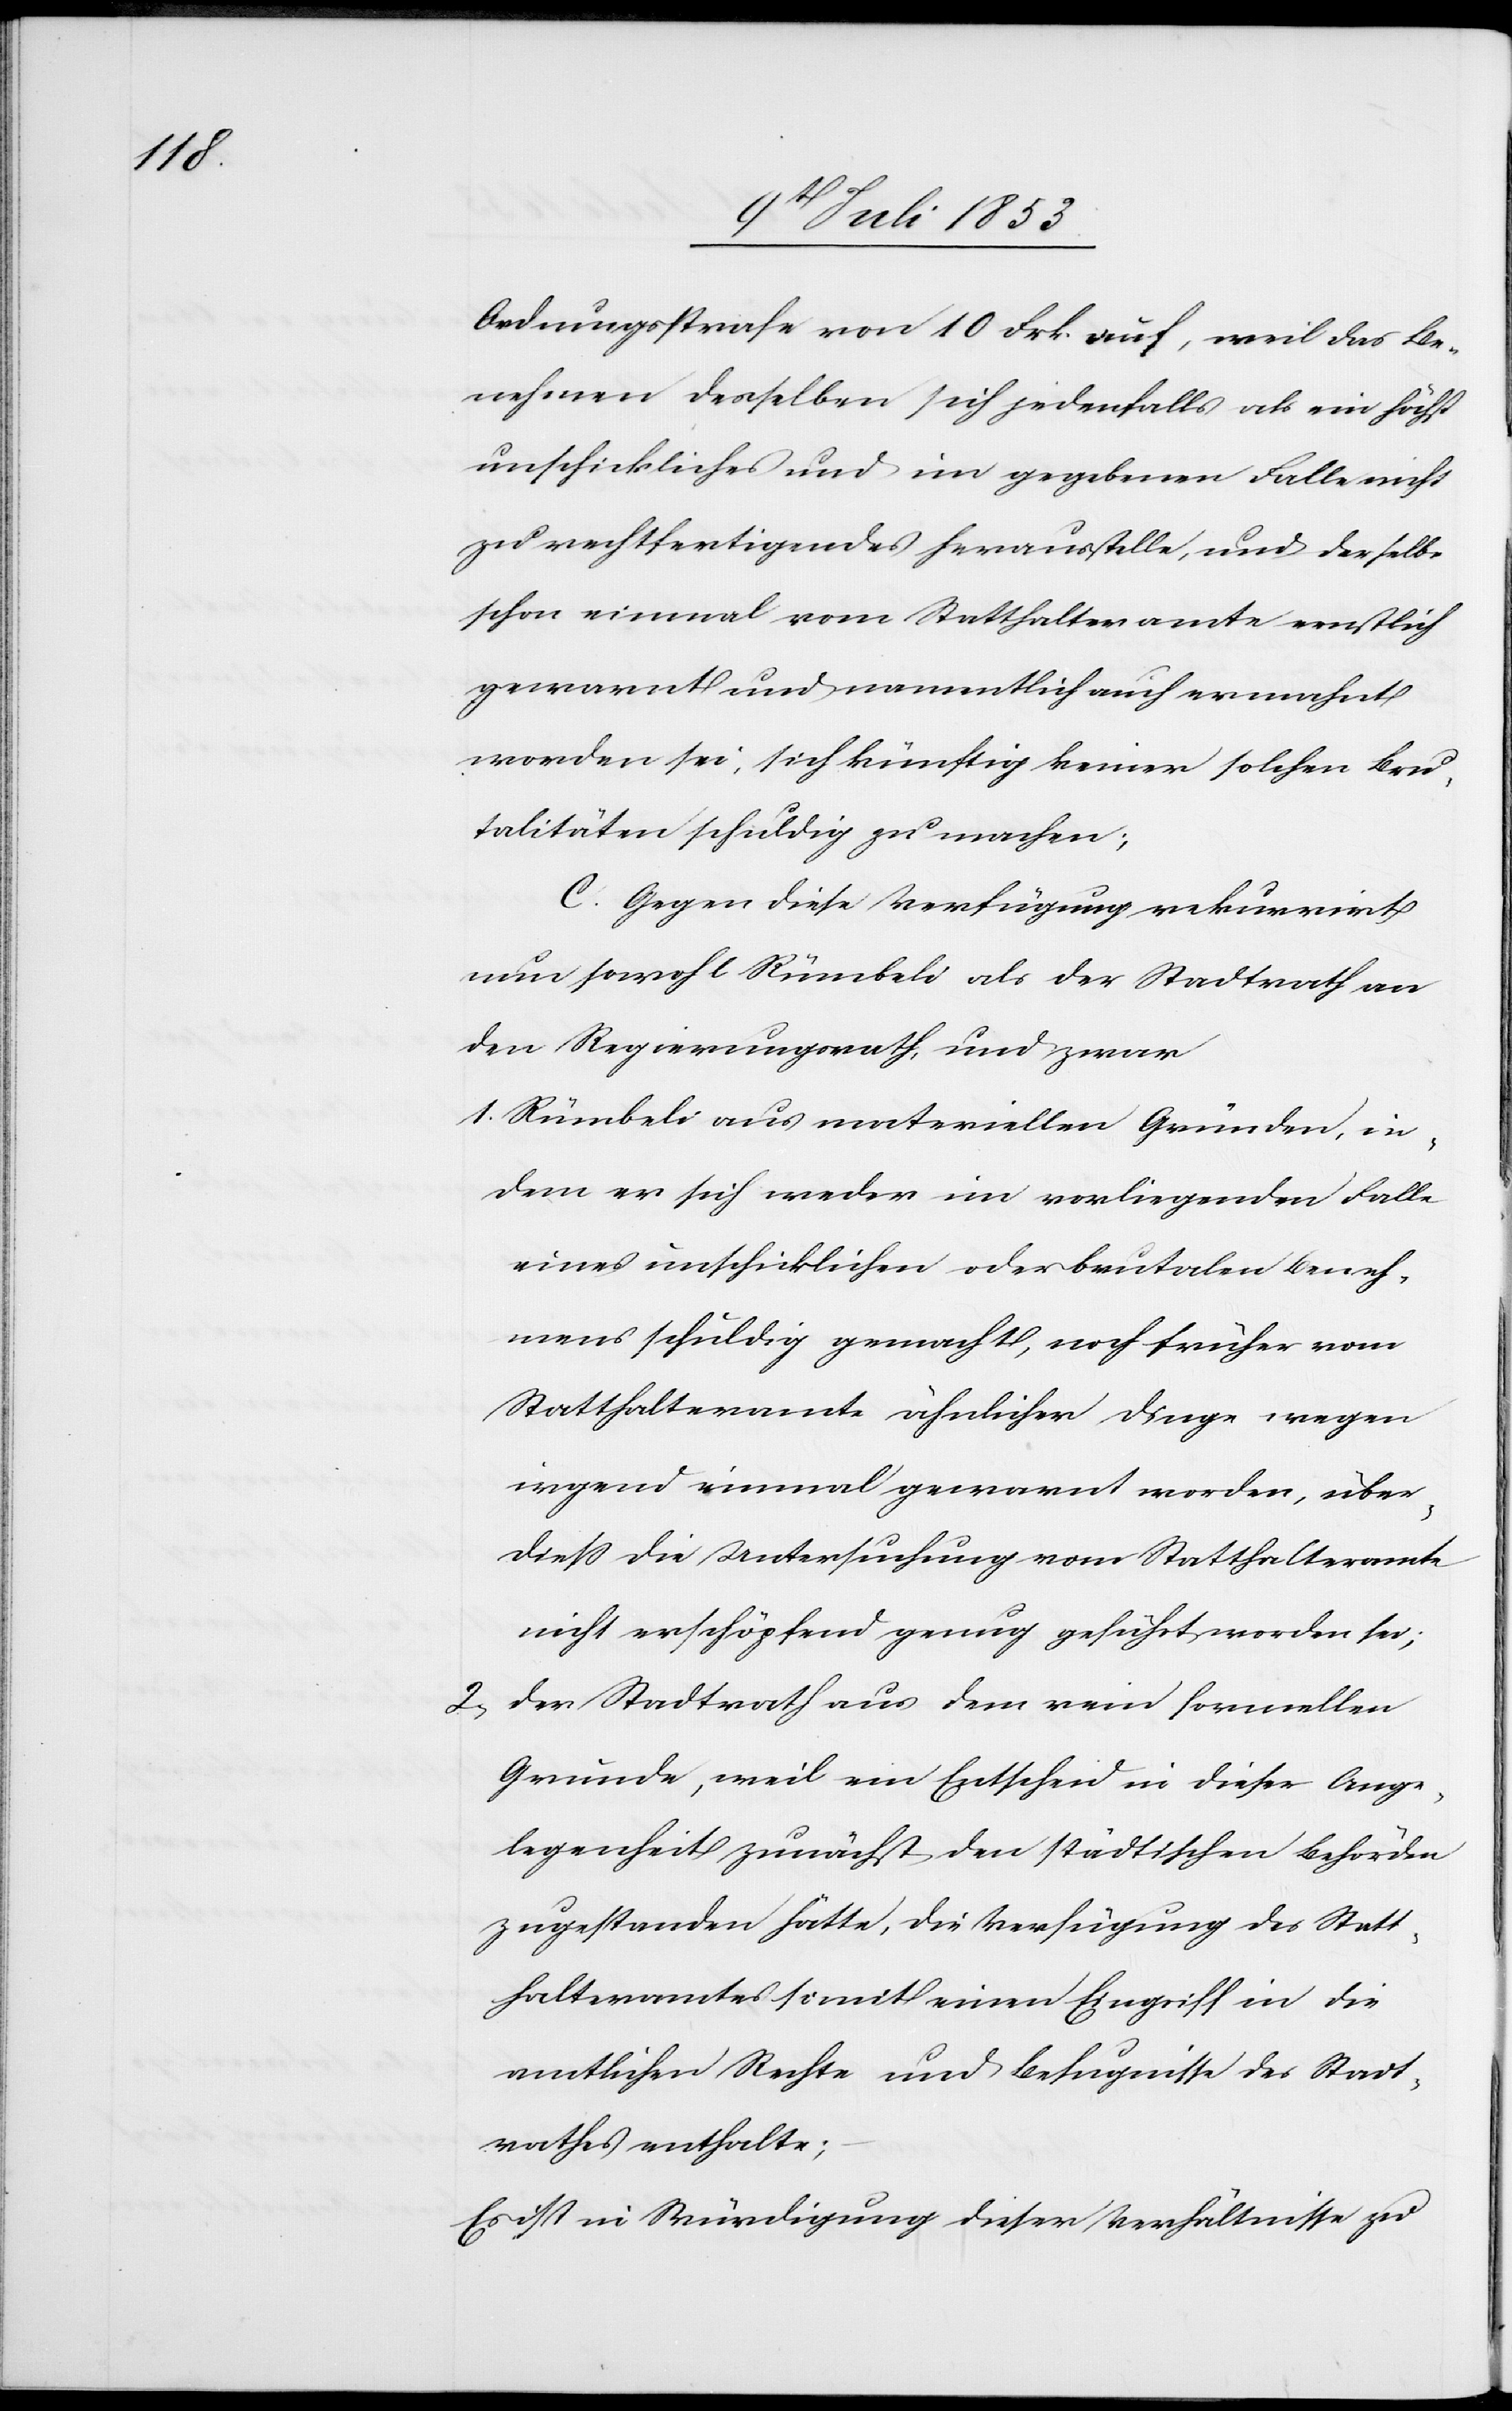
Ordnungsstrafe von 10 Frk. auf, weil das Be¬
nehmen desselben sich jedenfalls als ein höchst
unschickliches und im gegebenen Falle nicht
zu rechtfertigendes herausstelle, und derselbe
schon einmal vom Statthalteramte ernstlich
gewarnt und namentlich auch ermahnt
worden sei, sich künftig keiner solchen Bru¬
talitäten schuldig zu machen;
C. Gegen die Verfügung rekurrirt
nun sowohl Rümbeli als der Stadtrath an
den Regierungsrath, und zwar
1. Rümbeli aus materiellen Gründen, in¬
dem er sich weder im vorliegenden Falle
eines unschicklichen oder brutalen Beneh¬
mens schuldig gemacht, noch früher vom
Statthalteramte ähnlicher Dinge wegen
irgend einmal gewarnt worden, über¬
dieß die Untersuchung vom Statthalteramte
nicht erschöpfend genug geführt worden sei;
2, Der Stadtrath aus dem rein formellen
Grunde, weil ein Entscheid in dieser Ange¬
legenheit zunächst den städtischen Behörden
zugestanden hätte, die Verfügung des Statt¬
halteramtes somit einen Eingriff in die
amtlichen Rechte und Befugnisse des Stadt¬
rathes enthalte;
Es ist in Würdigung dieser Verhältnisse zu